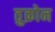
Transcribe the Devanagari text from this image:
तुक्रोन